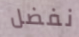
نفضل